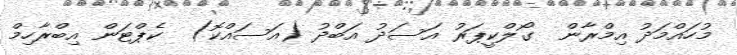
މުހައްމަދު އިމްރާން  ގޯލްކީޕަރު އަސަދު އަބްދު (އަސައްކޮ)  ކެޕްޓަން އިބްރާހިމް